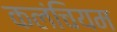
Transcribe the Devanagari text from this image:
कलंचियम